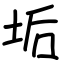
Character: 垢